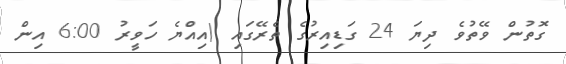
ގޮތުން ވޭތުވެ ދިޔަ 24 ގަޑިއިރުގެ ތެރޭގައި (އިއްޔެ ހަވީރު 6:00 އިން